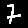
Digit: 7